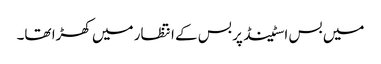
‎میں بس اسٹینڈ پر بس کے انتظار میں کھڑا تھا۔